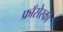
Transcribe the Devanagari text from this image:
फ्राँसेस्को